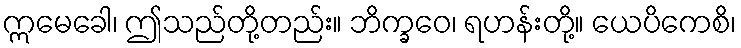
ဣမေခေါ၊ ဤသည်တို့တည်း။ ဘိက္ခဝေ၊ ရဟန်းတို့။ ယေပိကေစိ၊